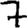
Digit: 7